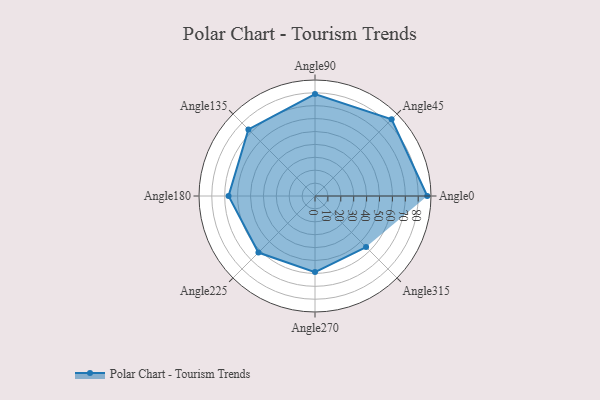
{"axis": {"x": "Angle", "y": "Radius"}, "legend": [""], "data": [{"x": "Angle0", "y": 87.0, "type": ""}, {"x": "Angle45", "y": 84.0, "type": ""}, {"x": "Angle90", "y": 79.0, "type": ""}, {"x": "Angle135", "y": 73.0, "type": ""}, {"x": "Angle180", "y": 67.0, "type": ""}, {"x": "Angle225", "y": 62.0, "type": ""}, {"x": "Angle270", "y": 59.0, "type": ""}, {"x": "Angle315", "y": 56.0, "type": ""}]}